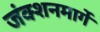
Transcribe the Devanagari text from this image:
जंक्शनमार्गे